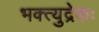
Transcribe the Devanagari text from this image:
भक्त्युद्रेकः